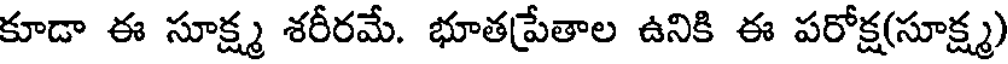
కూడా ఈ సూక్ష్మ శరీరమే. భూతప్రేతాల ఉనికి ఈ పరోక్ష(సూక్ష్మ)